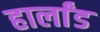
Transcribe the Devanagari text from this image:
हार्लांड